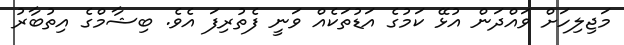
މަޖިލިހަށް ވައްދަން އުޅޭ ކަމުގެ އަޑުތަކެއް ވަނީ ފެތުރިފަ އެވެ. ބިޝާމްގެ އިތުބާރު